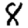
Digit: 8